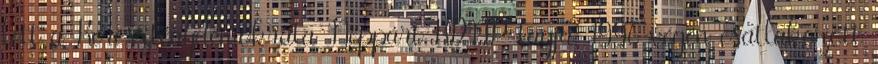
lett a Kereszténydemokrata Néppárt KDNP tagja, 1996 végén csatlakozott